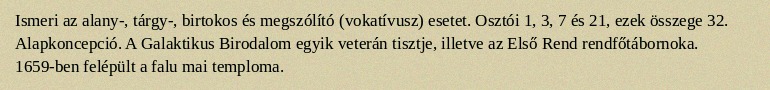
Ismeri az alany-, tárgy-, birtokos és megszólító (vokatívusz) esetet. Osztói 1, 3, 7 és 21, ezek összege 32. Alapkoncepció. A Galaktikus Birodalom egyik veterán tisztje, illetve az Első Rend rendfőtábornoka. 1659-ben felépült a falu mai temploma.